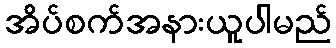
အိပ်စက်အနားယူပါမည်